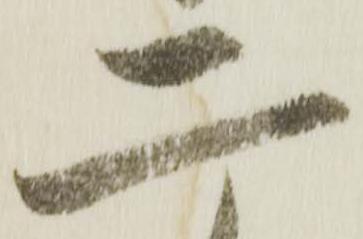
二